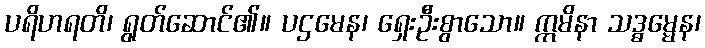
ပရိဟရတိ၊ ရွတ်ဆောင်၏။ ပဌမေန၊ ရှေးဦးစွာသော။ ဣမိနာ သဒ္ဓမ္မေန၊